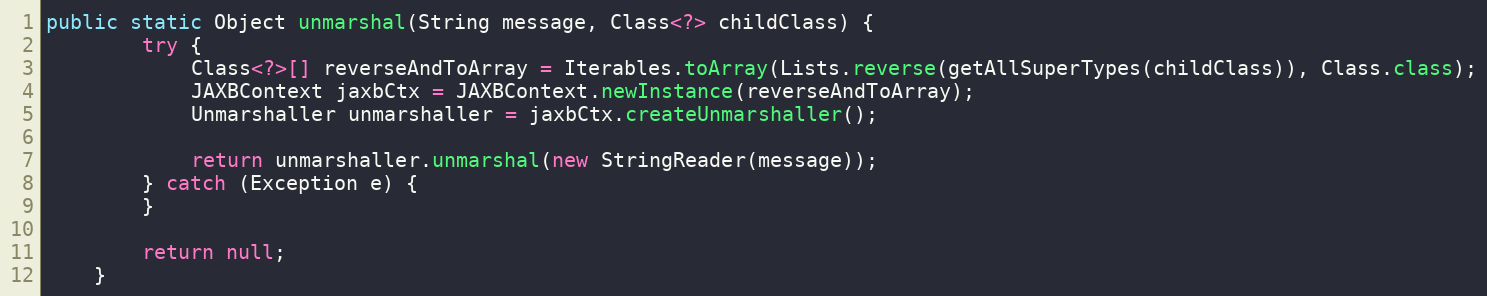
Language: Java
public static Object unmarshal(String message, Class<?> childClass) {
        try {
            Class<?>[] reverseAndToArray = Iterables.toArray(Lists.reverse(getAllSuperTypes(childClass)), Class.class);
            JAXBContext jaxbCtx = JAXBContext.newInstance(reverseAndToArray);
            Unmarshaller unmarshaller = jaxbCtx.createUnmarshaller();

            return unmarshaller.unmarshal(new StringReader(message));
        } catch (Exception e) {
        }

        return null;
    }